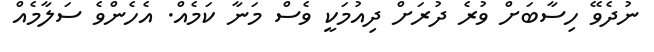
ނުދެވޭ ހިސާބަށް ވުރެ ދުރަށް ދިއުމަކީ ވެސް މަނާ ކަމެއް. އެހެންވެ ސަލާމެއް